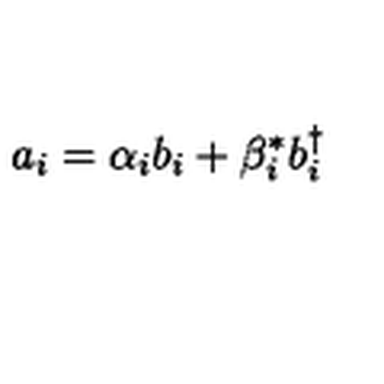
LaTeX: a _ { i } = \alpha _ { i } b _ { i } + \beta _ { i } ^ { * } b _ { i } ^ { \dagger }